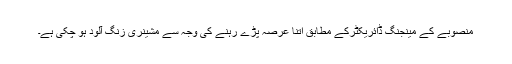
منصوبے کے مینجنگ ڈائریکٹرکے مطابق اتنا عرصہ پڑے رہنے کی وجہ سے مشینری زنگ آلود ہو چکی ہے۔